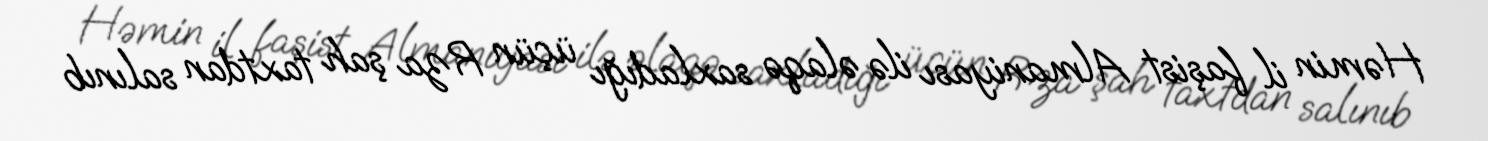
Həmin il faşist Almaniyası ilə əlaqə saxladığı üçün Rza şah taxtdan salınıb